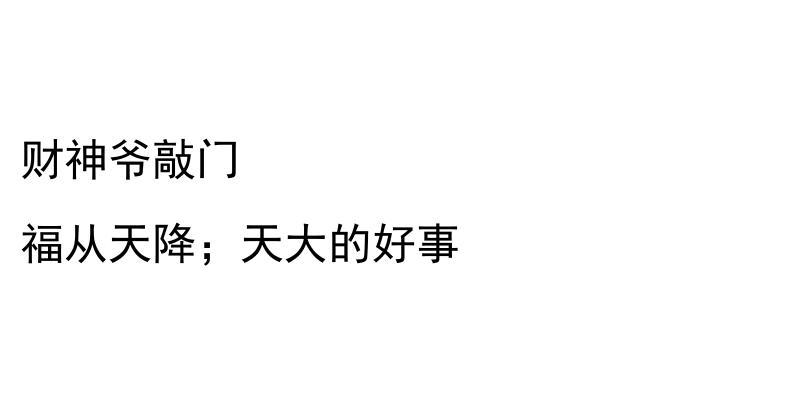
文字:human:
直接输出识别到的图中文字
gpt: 财神爷敲门 福从天降；天大的好事